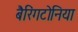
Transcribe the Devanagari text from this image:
बैरिंगटोनिया